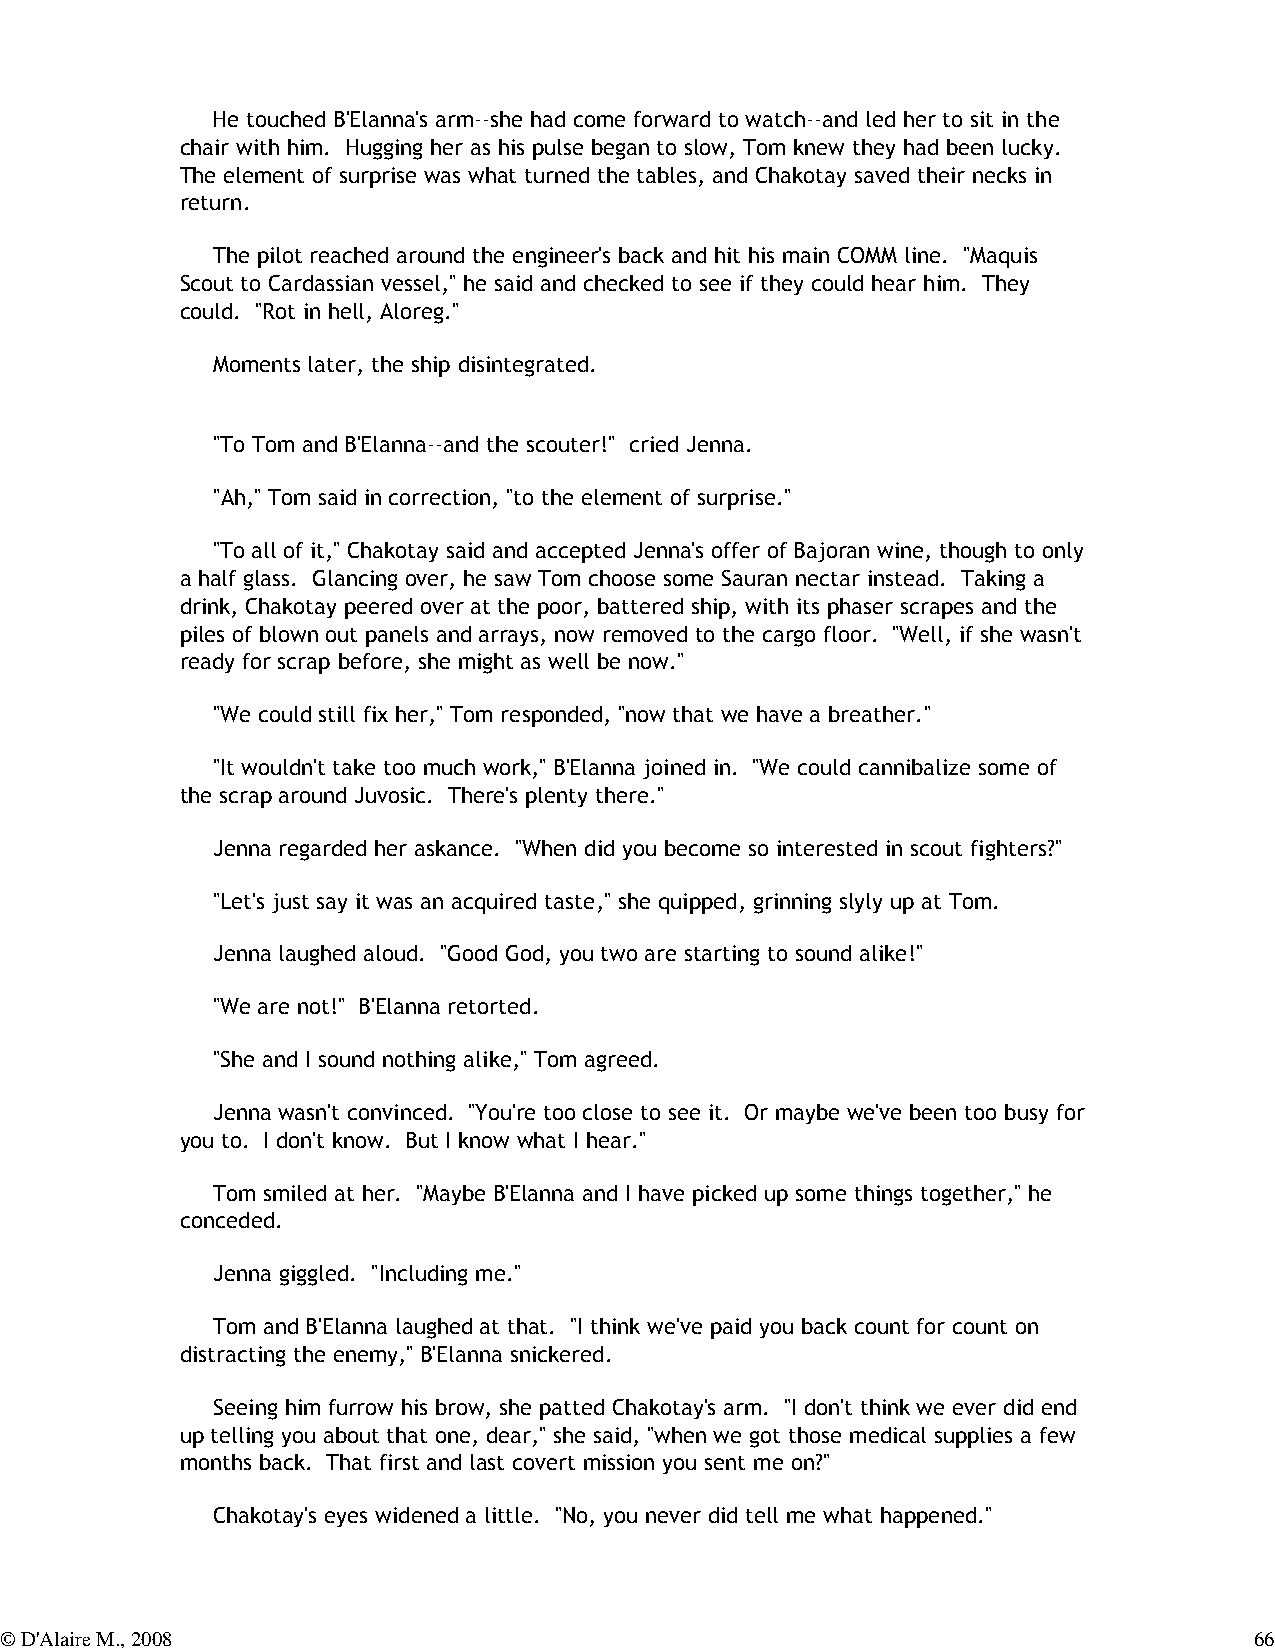
He touched B'Elanna's arm--she had come forward to watch--and led her to sit in the
 chair with him. Hugging her as his pulse began to slow, Tom knew they had been lucky.
 The element of surprise was what turned the tables, and Chakotay saved their necks in
 return.
 The pilot reached around the engineer's back and hit his main COMM line. "Maquis
 Scout to Cardassian vessel," he said and checked to see if they could hear him. They
 could. "Rot in hell, Aloreg."
 Moments later, the ship disintegrated.
 "To Tom and B'Elanna--and the scouter!" cried Jenna.
 "Ah," Tom said in correction, "to the element of surprise."
 "To all of it," Chakotay said and accepted Jenna's offer of Bajoran wine, though to only
 a half glass. Glancing over, he saw Tom choose some Sauran nectar instead. Taking a
 drink, Chakotay peered over at the poor, battered ship, with its phaser scrapes and the
 piles of blown out panels and arrays, now removed to the cargo floor. "Well, if she wasn't
 ready for scrap before, she might as well be now."
 "We could still fix her," Tom responded, "now that we have a breather."
 "It wouldn't take too much work," B'Elanna joined in. "We could cannibalize some of
 the scrap around Juvosic. There's plenty there."
 Jenna regarded her askance. "When did you become so interested in scout fighters?"
 "Let's just say it was an acquired taste," she quipped, grinning slyly up at Tom.
 Jenna laughed aloud. "Good God, you two are starting to sound alike!"
 "We are not!" B'Elanna retorted.
 "She and I sound nothing alike," Tom agreed.
 Jenna wasn't convinced. "You're too close to see it. Or maybe we've been too busy for
 you to. I don't know. But I know what I hear."
 Tom smiled at her. "Maybe B'Elanna and I have picked up some things together," he
 conceded.
 Jenna giggled. "Including me."
 Tom and B'Elanna laughed at that. "I think we've paid you back count for count on
 distracting the enemy," B'Elanna snickered.
 Seeing him furrow his brow, she patted Chakotay's arm. "I don't think we ever did end
 up telling you about that one, dear," she said, "when we got those medical supplies a few
 months back. That first and last covert mission you sent me on?"
 Chakotay's eyes widened a little. "No, you never did tell me what happened."
 © D'Alaire M., 2008                                                                66